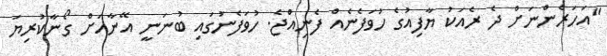
"އަހަރެންނަށް ދެ ރެއަކު ޔާފިއުގެ ހުވަފެނެއް ފެނިއްޖެ. ހުވަފެނުގައި ބުނަނީ އޭނާއަށް ގޯނާކުރިޔަ